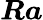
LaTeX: \boldsymbol{Ra}